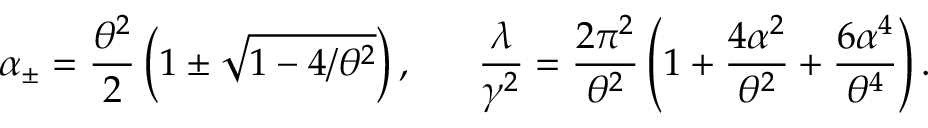
\alpha _ { \pm } = \frac { \theta ^ { 2 } } { 2 } \left( 1 \pm \sqrt { 1 - 4 / \theta ^ { 2 } } \right) , \ \ \ \ \ \frac { \lambda } { \gamma ^ { 2 } } = \frac { 2 \pi ^ { 2 } } { \theta ^ { 2 } } \left( 1 + \frac { 4 \alpha ^ { 2 } } { \theta ^ { 2 } } + \frac { 6 \alpha ^ { 4 } } { \theta ^ { 4 } } \right) .